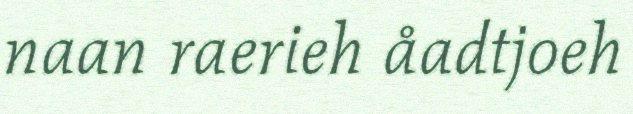
naan raerieh åadtjoeh